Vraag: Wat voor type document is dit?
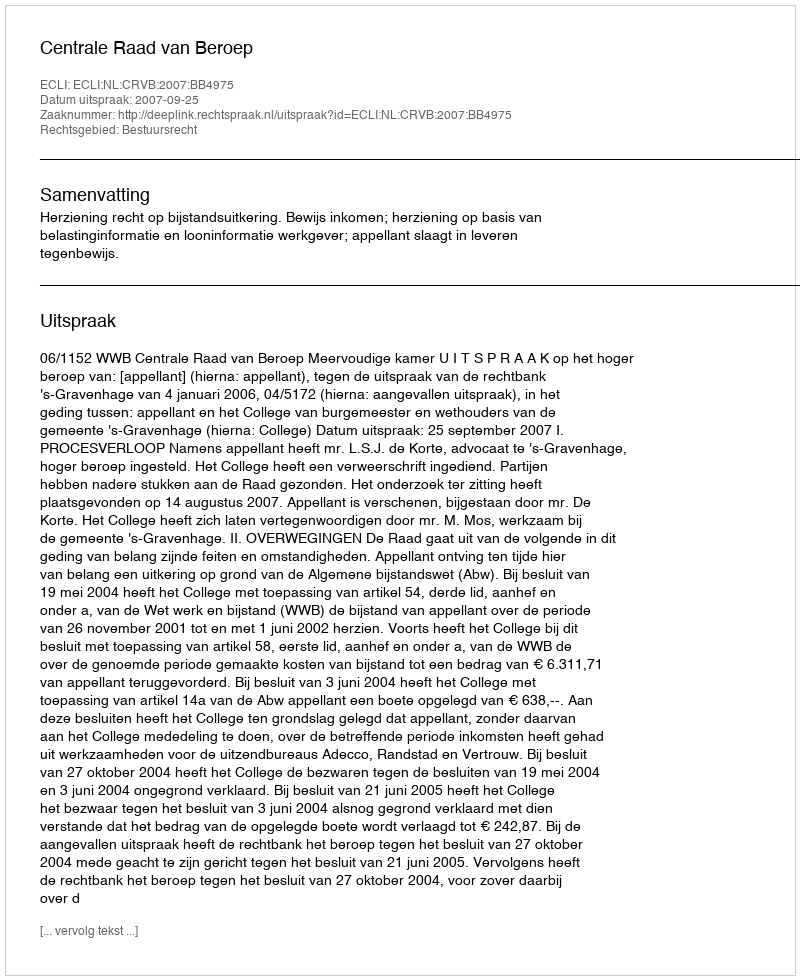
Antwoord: Uitspraak